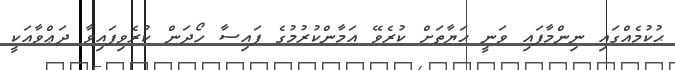
ޙުކުމެއްގައި ނިންމާފައި ވަނީ ޙަޔާތަށް ކުރެވޭ އަމާންކުރުމުގެ ފައިސާ ހޯދަން ކުރެވިފައިވާ ދަޢްވާއަކީ